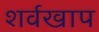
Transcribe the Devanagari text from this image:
शर्वखाप